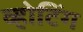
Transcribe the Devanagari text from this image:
व्होटिंग